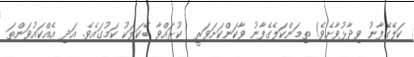
ކަލޭގެފާނު ވިދާޅުވާށެވެ! ތިމަންކަލޭގެފާނު ވާކަންކަށަވަރީ  ކުރައްވާ ބޭކަލަކު ކަމުގައެވެ. އަދި އެއްކައުވަންތަ